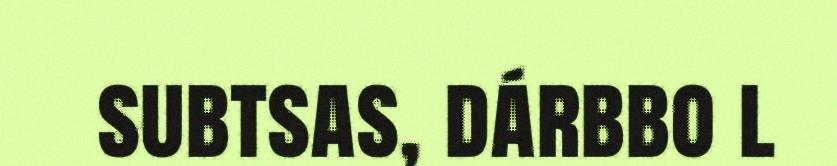
subtsas, dárbbo l